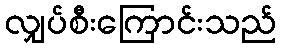
လျှပ်စီးကြောင်းသည်